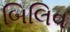
બિલિવ